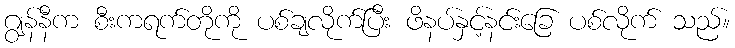
ဂျွန်နီက စီးကရက်တိုကို ပစ်ချလိုက်ပြီး ဖိနပ်နှင့်နင်းခြေ ပစ်လိုက် သည်။